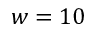
w = 1 0